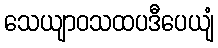
သေယျာဝသထပဒီပေယျံ